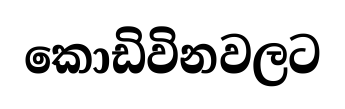
කොඩිවිනවලට